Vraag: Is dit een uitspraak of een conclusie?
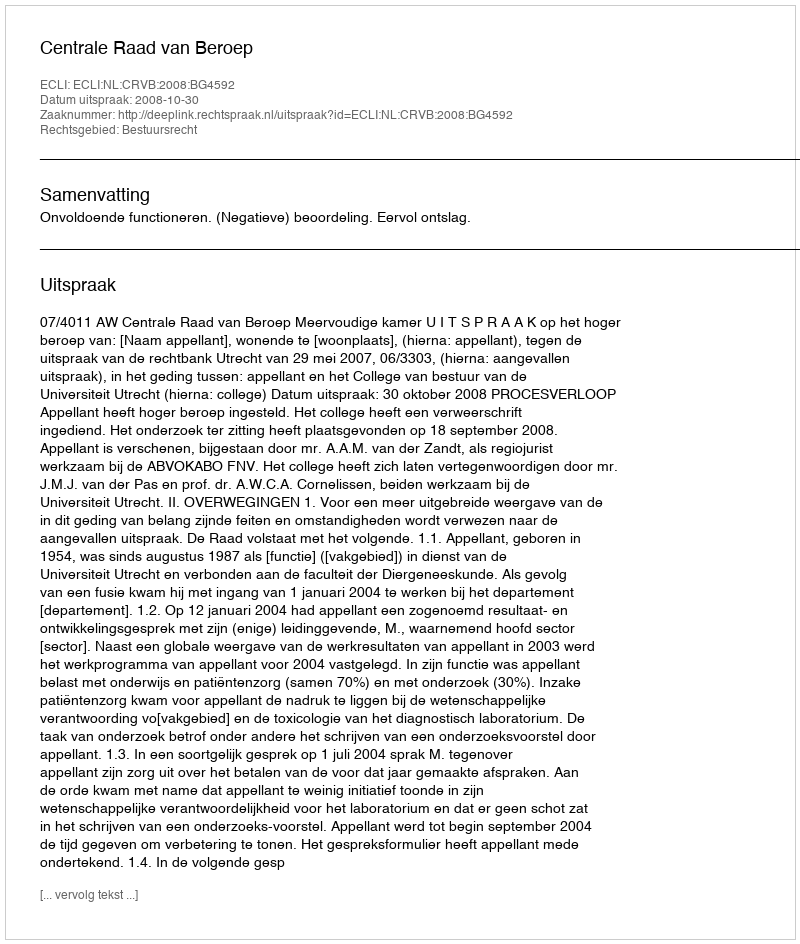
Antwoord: Uitspraak